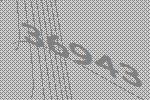
36943